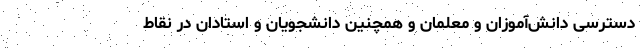
دسترسی دانش‌آموزان و معلمان و همچنین دانشجویان و استادان در نقاط